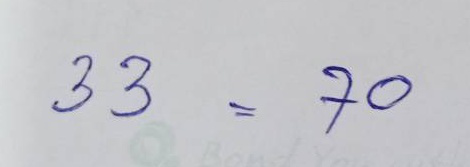
33 = 70